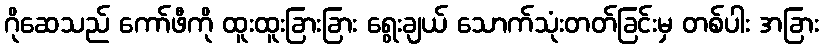
ဂိုဆေသည် ကော်ဖီကို ထူးထူးခြားခြား ရွေးချယ် သောက်သုံးတတ်ခြင်းမှ တစ်ပါး အခြား